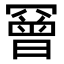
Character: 𦌛